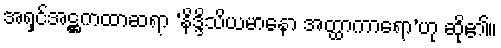
အရှင်အဋ္ဌကထာဆရာ ‘နိဒ္ဒိသိယမာနော အတ္ထာကာရော’ဟု ဆို၏။